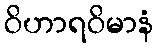
ဝိဟာရဝိမာနံ